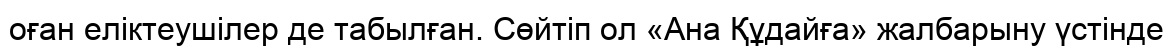
оған еліктеушілер де табылған. Сөйтіп ол «Ана Құдайға» жалбарыну үстінде